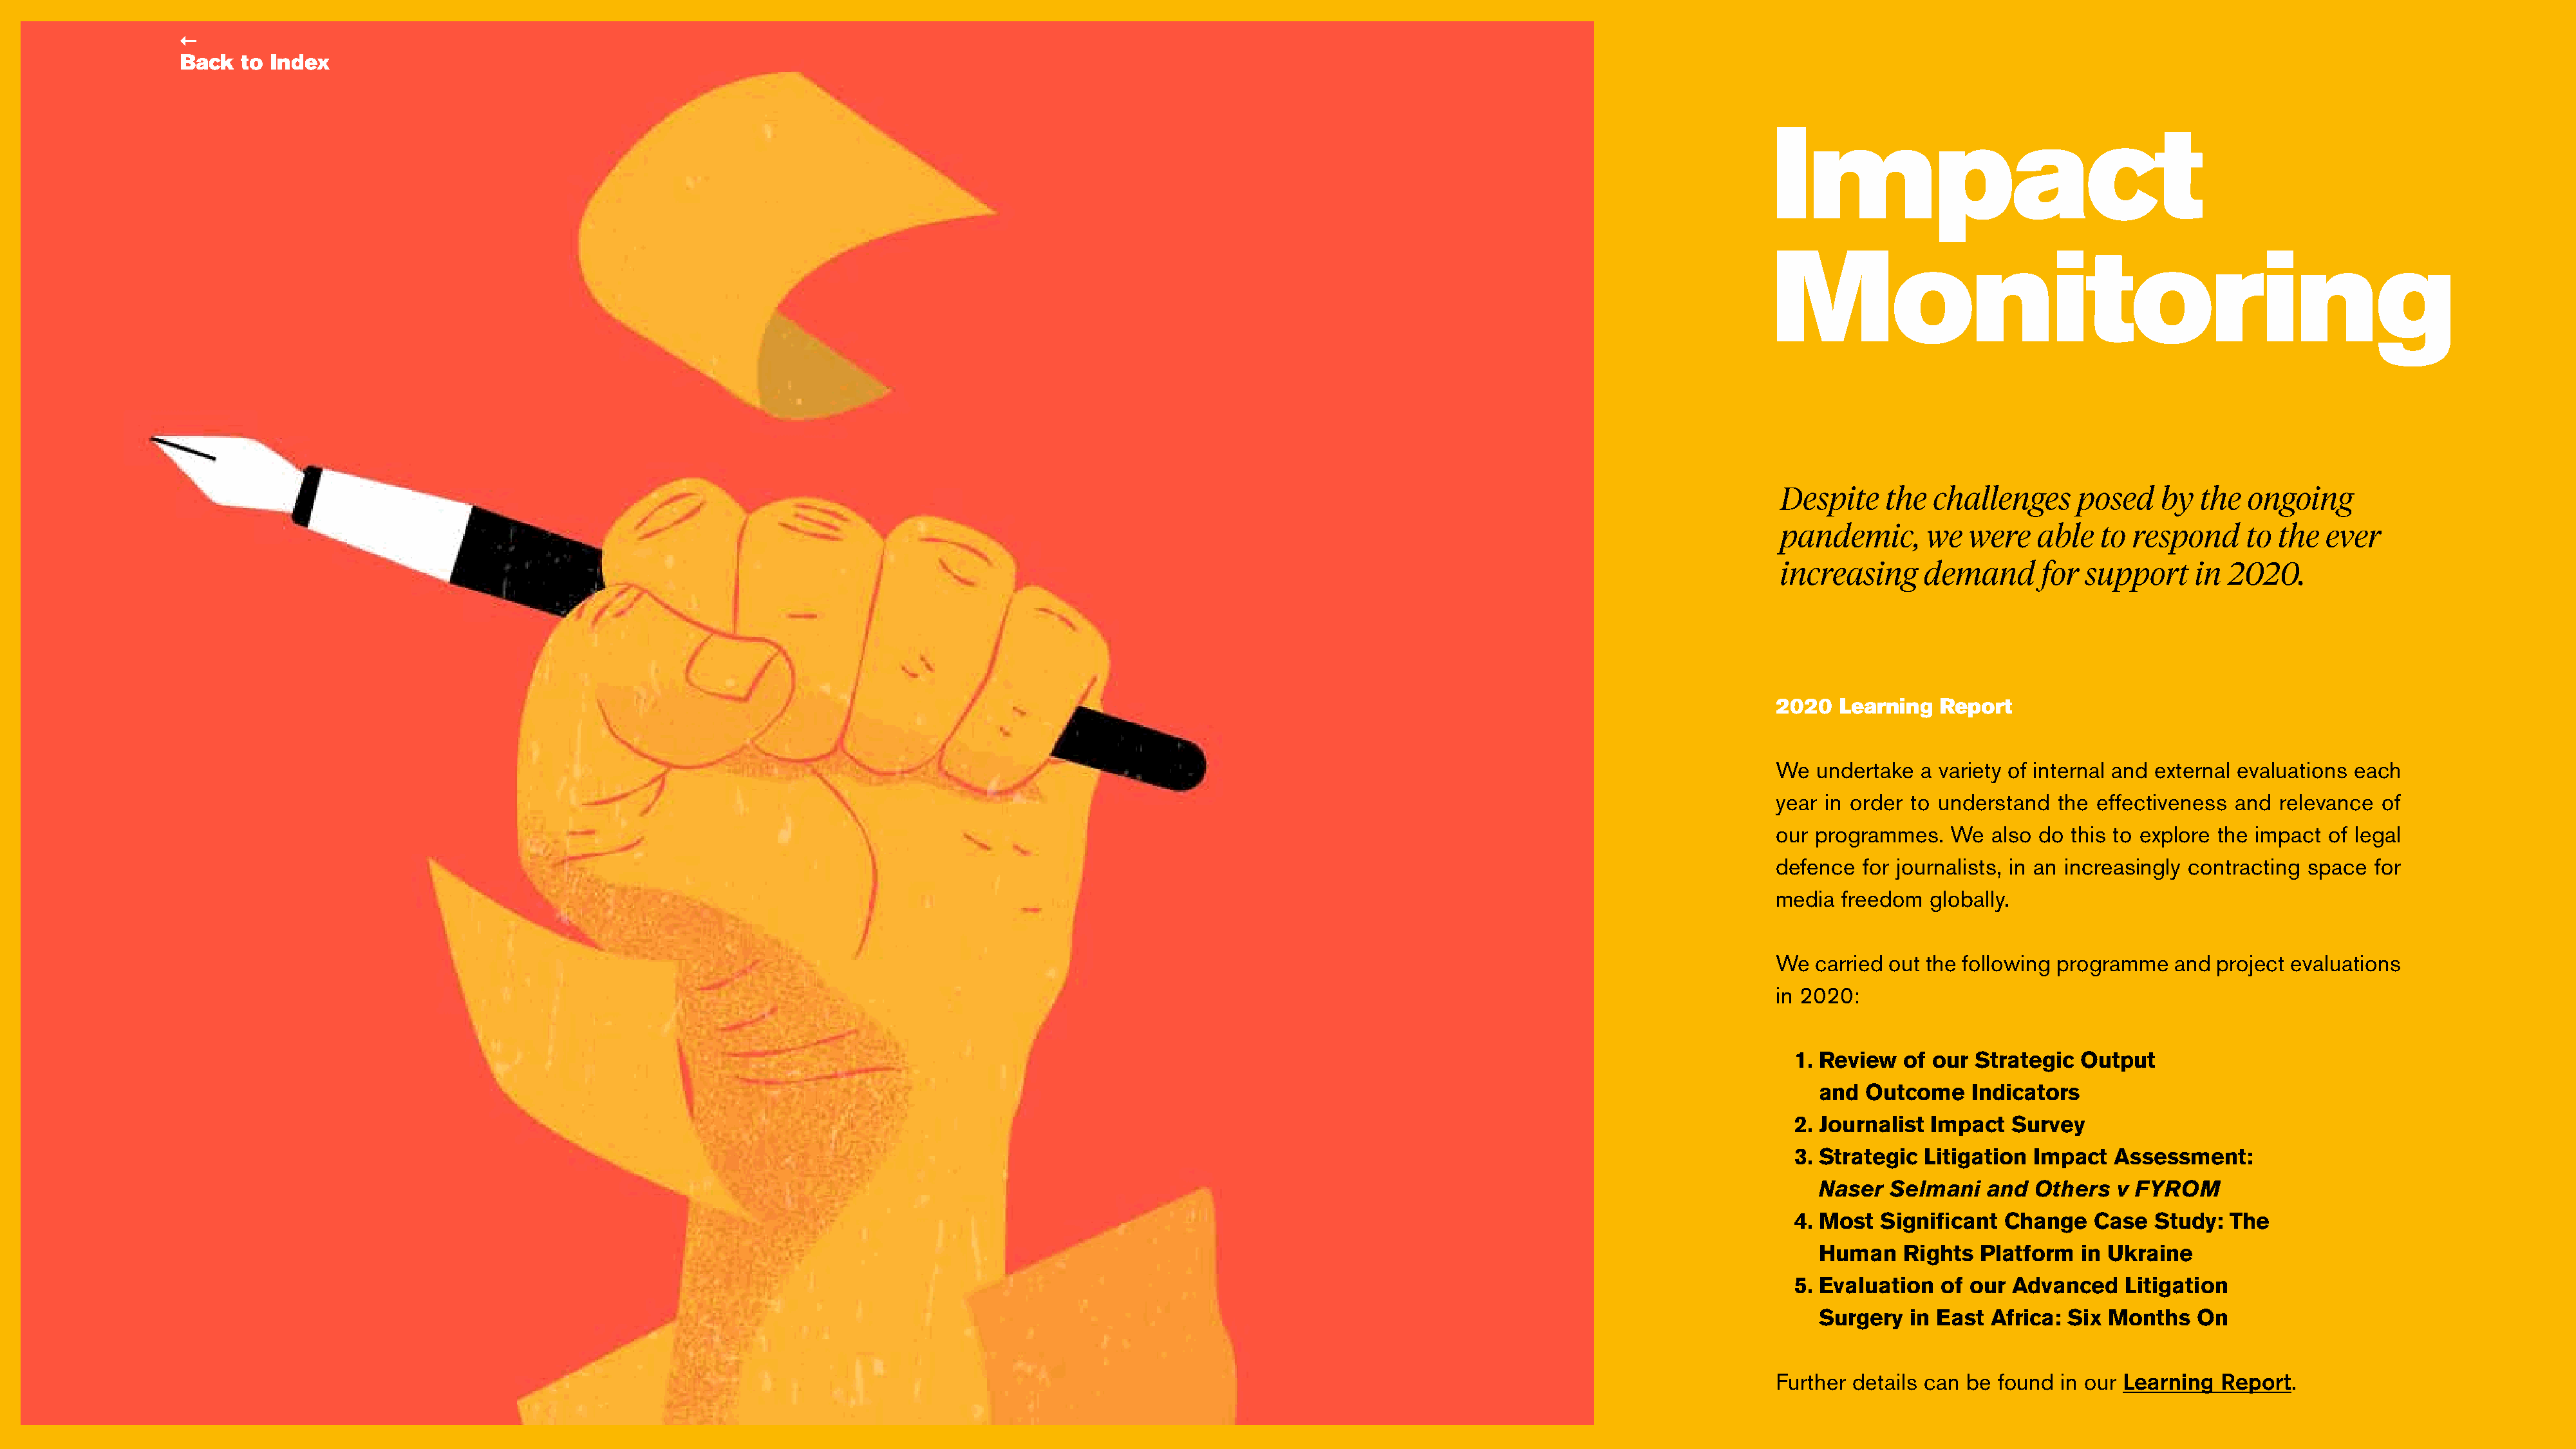
←
 Back  to Index
 Impact
 Monitoring
 Despite    the  challenges     posed   by  the  ongoing
 pandemic,      we  were   able   to respond     to the  ever
 increasing     demand      for support     in 2020.
 2020  Learning  Report
 We  undertake a variety of internal and external evaluations each
 year in order to understand  the effectiveness and relevance  of
 our programmes.   We  also do this to explore the impact of legal
 defence  for journalists, in an increasingly contracting space for
 media freedom  globally.
 We  carried out the following programme  and project evaluations
 in 2020:
 1. Review  of our Strategic  Output
 and  Outcome    Indicators
 2. Journalist Impact  Survey
 3. Strategic Litigation Impact  Assessment:
 Naser  Selmani   and  Others   v FYROM
 4. Most Significant  Change   Case  Study:  The
 Human    Rights  Platform  in Ukraine
 5. Evaluation  of our Advanced   Litigation
 Surgery  in East  Africa: Six Months   On
 Further details can be found in our Learning Report.
 19